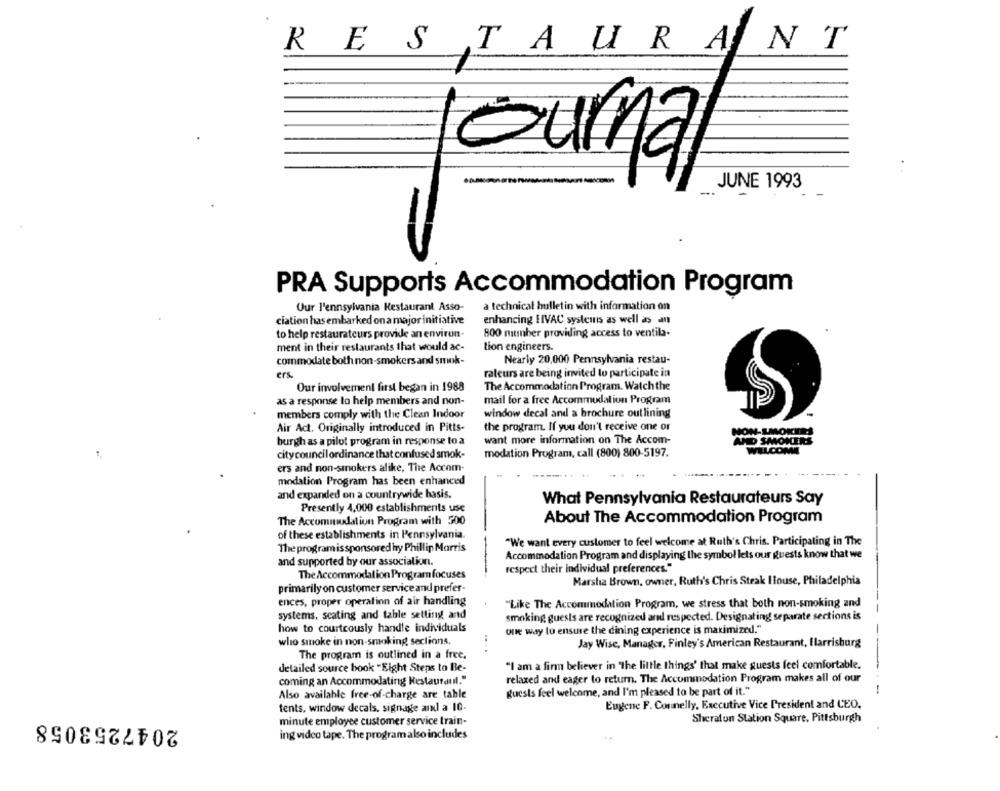
RESTAURA
NT
journal
--
JUNE 1993
PRA Supports Accommodation Program
Our l'ennsylvania Restaurant Asso-
a technical bulletin with information on
ciation has embarked on a major initiative
enhancing HVAC systems as well as an
800 mumber providing access to ventila-
to help restaurateurs provide an environ-
ment in their restaurants that would ac-
tion engineers.
commodate both non-smokers and smok-
Nearly 20,000 Pennsylvania restau-
ers
rateurs are being invited to participate in
Our involvement first began in 1988
The Accommodation Program. Watch the
as a response to help members and non-
mail for a free Accommudaliun Program
members comply with the Clean Indoor
window decal and a brochure outlining
Air Act. Originally introduced in Pitts-
the program. If you don't receive one or
NON-SMOKIES
burgh as a pilot program in response to a
want more information on The Accom-
AND SMOKERS
citycouncil ordinance that confused smok-
modation Program, call (800) 800-5197.
ers and non-smokers alike, The Accom-
modation Program has been enhanced
and expanded on a countrywide hasis.
What Pennsylvania Restaurateurs Say
Presently 4,000 establishments use
The Accommodation Program with 500
About The Accommodation Program
of these establishments in Pennsylvania.
"We want every customer to feel welcome at Ruth's Chris. Participating in The
The program is sponsored hy Phillip Morris
Accommodation Program and displaying the symbol lets our guests know that we
and supported by our association.
respect their individual preferences."
The Accommodation Program focuses
Marsha Brown. owner, Ruth's Chris Steak Ilouse, Philadelphia
primarily on customer service and prefer-
ences, proper operation of air handling
"Like The Accommodation Program, we stress that both non-smoking and
systems, seating and table setting and
smoking guests are recognized and respected. Designating separate sections is
how to courteously handle individuals
one way to ensure the dining experience is maximized."
who smoke in non-smoking seclions.
....
Jay Wise, Manager, Finley's American Restaurant, Ilarrisburg
The program is outlined in a free.
detailed source book "Eight Steps to Be-
"I am a firm believer in "the little things' that make guests feel comfortable.
coming an Accommodating Restaurant."
relaxed and eager to return. The Accommodation Program makes all of our
Also available free-of-charge are table
guests feel welcome, and I'm pleased to be part of it."
---
tents, window decals, signage and a 10-
Eugene F. Connelly, Executive Vice President and CEO.
2047253058
minute employee customer service train-
Sheraton Station Square, Pittsburgh
ing video tape. The program also includes